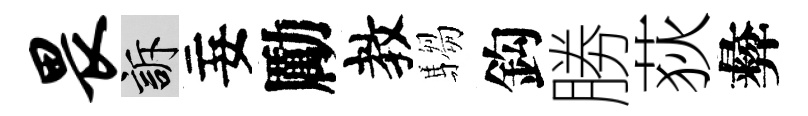
畏訴妄勵教騶鈎勝荻彜